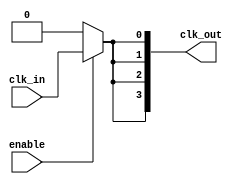
module LowPowerClockBuffer #(parameter NUM_OUTPUTS = 4)(
    input wire clk_in,               // Input clock
    input wire enable,               // Clock gating enable signal
    output wire [NUM_OUTPUTS-1:0] clk_out // Output clocks
);

    // Internal signals
    wire gated_clk;
    wire clean_clk;

    // Input Stage: Schmitt Trigger or Clock Cleaning Logic
    // For simulation purposes, we will just use a simple buffer
    assign clean_clk = clk_in; // Replace with actual cleaning logic if necessary

    // Clock Gating Logic
    assign gated_clk = enable ? clean_clk : 1'b0; // Clock gating based on enable signal

    // Buffer Stage: Low-Power Buffering
    genvar i;
    generate
        for (i = 0; i < NUM_OUTPUTS; i = i + 1) begin : buffer_stage
            // Instantiate a simple buffer for each output
            // In real design, you may want to adjust the drive strength here
            assign clk_out[i] = gated_clk; // This can be replaced with different drive strengths if required
        end
    endgenerate

endmodule